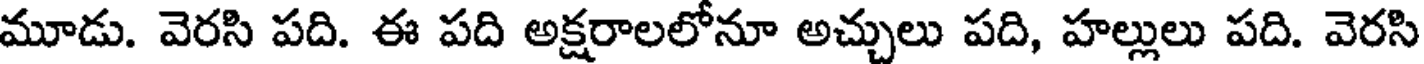
మూడు. వెరసి పది. ఈ పది అక్షరాలలోనూ అచ్చులు పది, హల్లులు పది. వెరసి